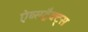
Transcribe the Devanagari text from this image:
ऐब्सट्रैक्ट्स